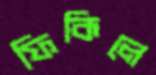
ফিকিলে